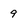
Character: 9